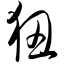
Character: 狃